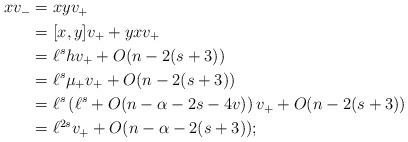
LaTeX: \begin{align*}\begin{aligned}xv_{-} & = xyv_{+} \\ & =[x,y]v_{+}+yxv_{+} \\ & =\ell^s hv_{+}+O(n-2(s+3)) \\ & =\ell^s \mu_{+}v_{+} + O(n-2(s+3)) \\ & =\ell^s \left( \ell^s+O(n-\alpha-2s-4v) \right) v_{+} + O(n-2(s+3)) \\ & =\ell^{2s}v_{+} + O(n-\alpha-2(s+3));\end{aligned}\end{align*}